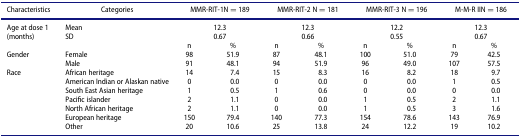
<table><thead><tr><td><b>Characteristics</b></td><td><b>Categories</b></td><td colspan="2"><b>MMR-RIT-1N = 189</b></td><td colspan="2"><b>MMR-RIT-2 N = 181</b></td><td colspan="2"><b>MMR-RIT-3 N = 196</b></td><td colspan="2"><b>M-M-R IIN = 186</b></td><td><b> </b></td></tr></thead><tbody><tr><td>Age at dose 1</td><td>Mean</td><td colspan="2">12.3</td><td colspan="2">12.3</td><td colspan="2">12.2</td><td colspan="2">12.3</td><td> </td></tr><tr><td>(months)</td><td>SD</td><td colspan="2">0.67</td><td colspan="2">0.66</td><td colspan="2">0.55</td><td colspan="2">0.67</td><td> </td></tr><tr><td> </td><td> </td><td>n</td><td>%</td><td>n</td><td>%</td><td>n</td><td>%</td><td>n</td><td>%</td><td> </td></tr><tr><td>Gender</td><td>Female</td><td>98</td><td>51.9</td><td>87</td><td>48.1</td><td>100</td><td>51.0</td><td>79</td><td>42.5</td><td> </td></tr><tr><td> </td><td>Male</td><td>91</td><td>48.1</td><td>94</td><td>51.9</td><td>96</td><td>49.0</td><td>107</td><td>57.5</td><td> </td></tr><tr><td>Race</td><td>African heritage</td><td>14</td><td>7.4</td><td>15</td><td>8.3</td><td>16</td><td>8.2</td><td>18</td><td>9.7</td><td> </td></tr><tr><td> </td><td>American Indian or Alaskan native</td><td>0</td><td>0.0</td><td>0</td><td>0.0</td><td>0</td><td>0.0</td><td>1</td><td>0.5</td><td> </td></tr><tr><td> </td><td>South East Asian heritage</td><td>1</td><td>0.5</td><td>1</td><td>0.6</td><td>0</td><td>0.0</td><td>0</td><td>0.0</td><td> </td></tr><tr><td> </td><td>Pacific islander</td><td>2</td><td>1.1</td><td>0</td><td>0.0</td><td>1</td><td>0.5</td><td>2</td><td>1.1</td><td> </td></tr><tr><td> </td><td>North African heritage</td><td>2</td><td>1.1</td><td>0</td><td>0.0</td><td>1</td><td>0.5</td><td>3</td><td>1.6</td><td> </td></tr><tr><td> </td><td>European heritage</td><td>150</td><td>79.4</td><td>140</td><td>77.3</td><td>154</td><td>78.6</td><td>143</td><td>76.9</td><td> </td></tr><tr><td> </td><td>Other</td><td>20</td><td>10.6</td><td>25</td><td>13.8</td><td>24</td><td>12.2</td><td>19</td><td>10.2</td><td> </td></tr></tbody></table>